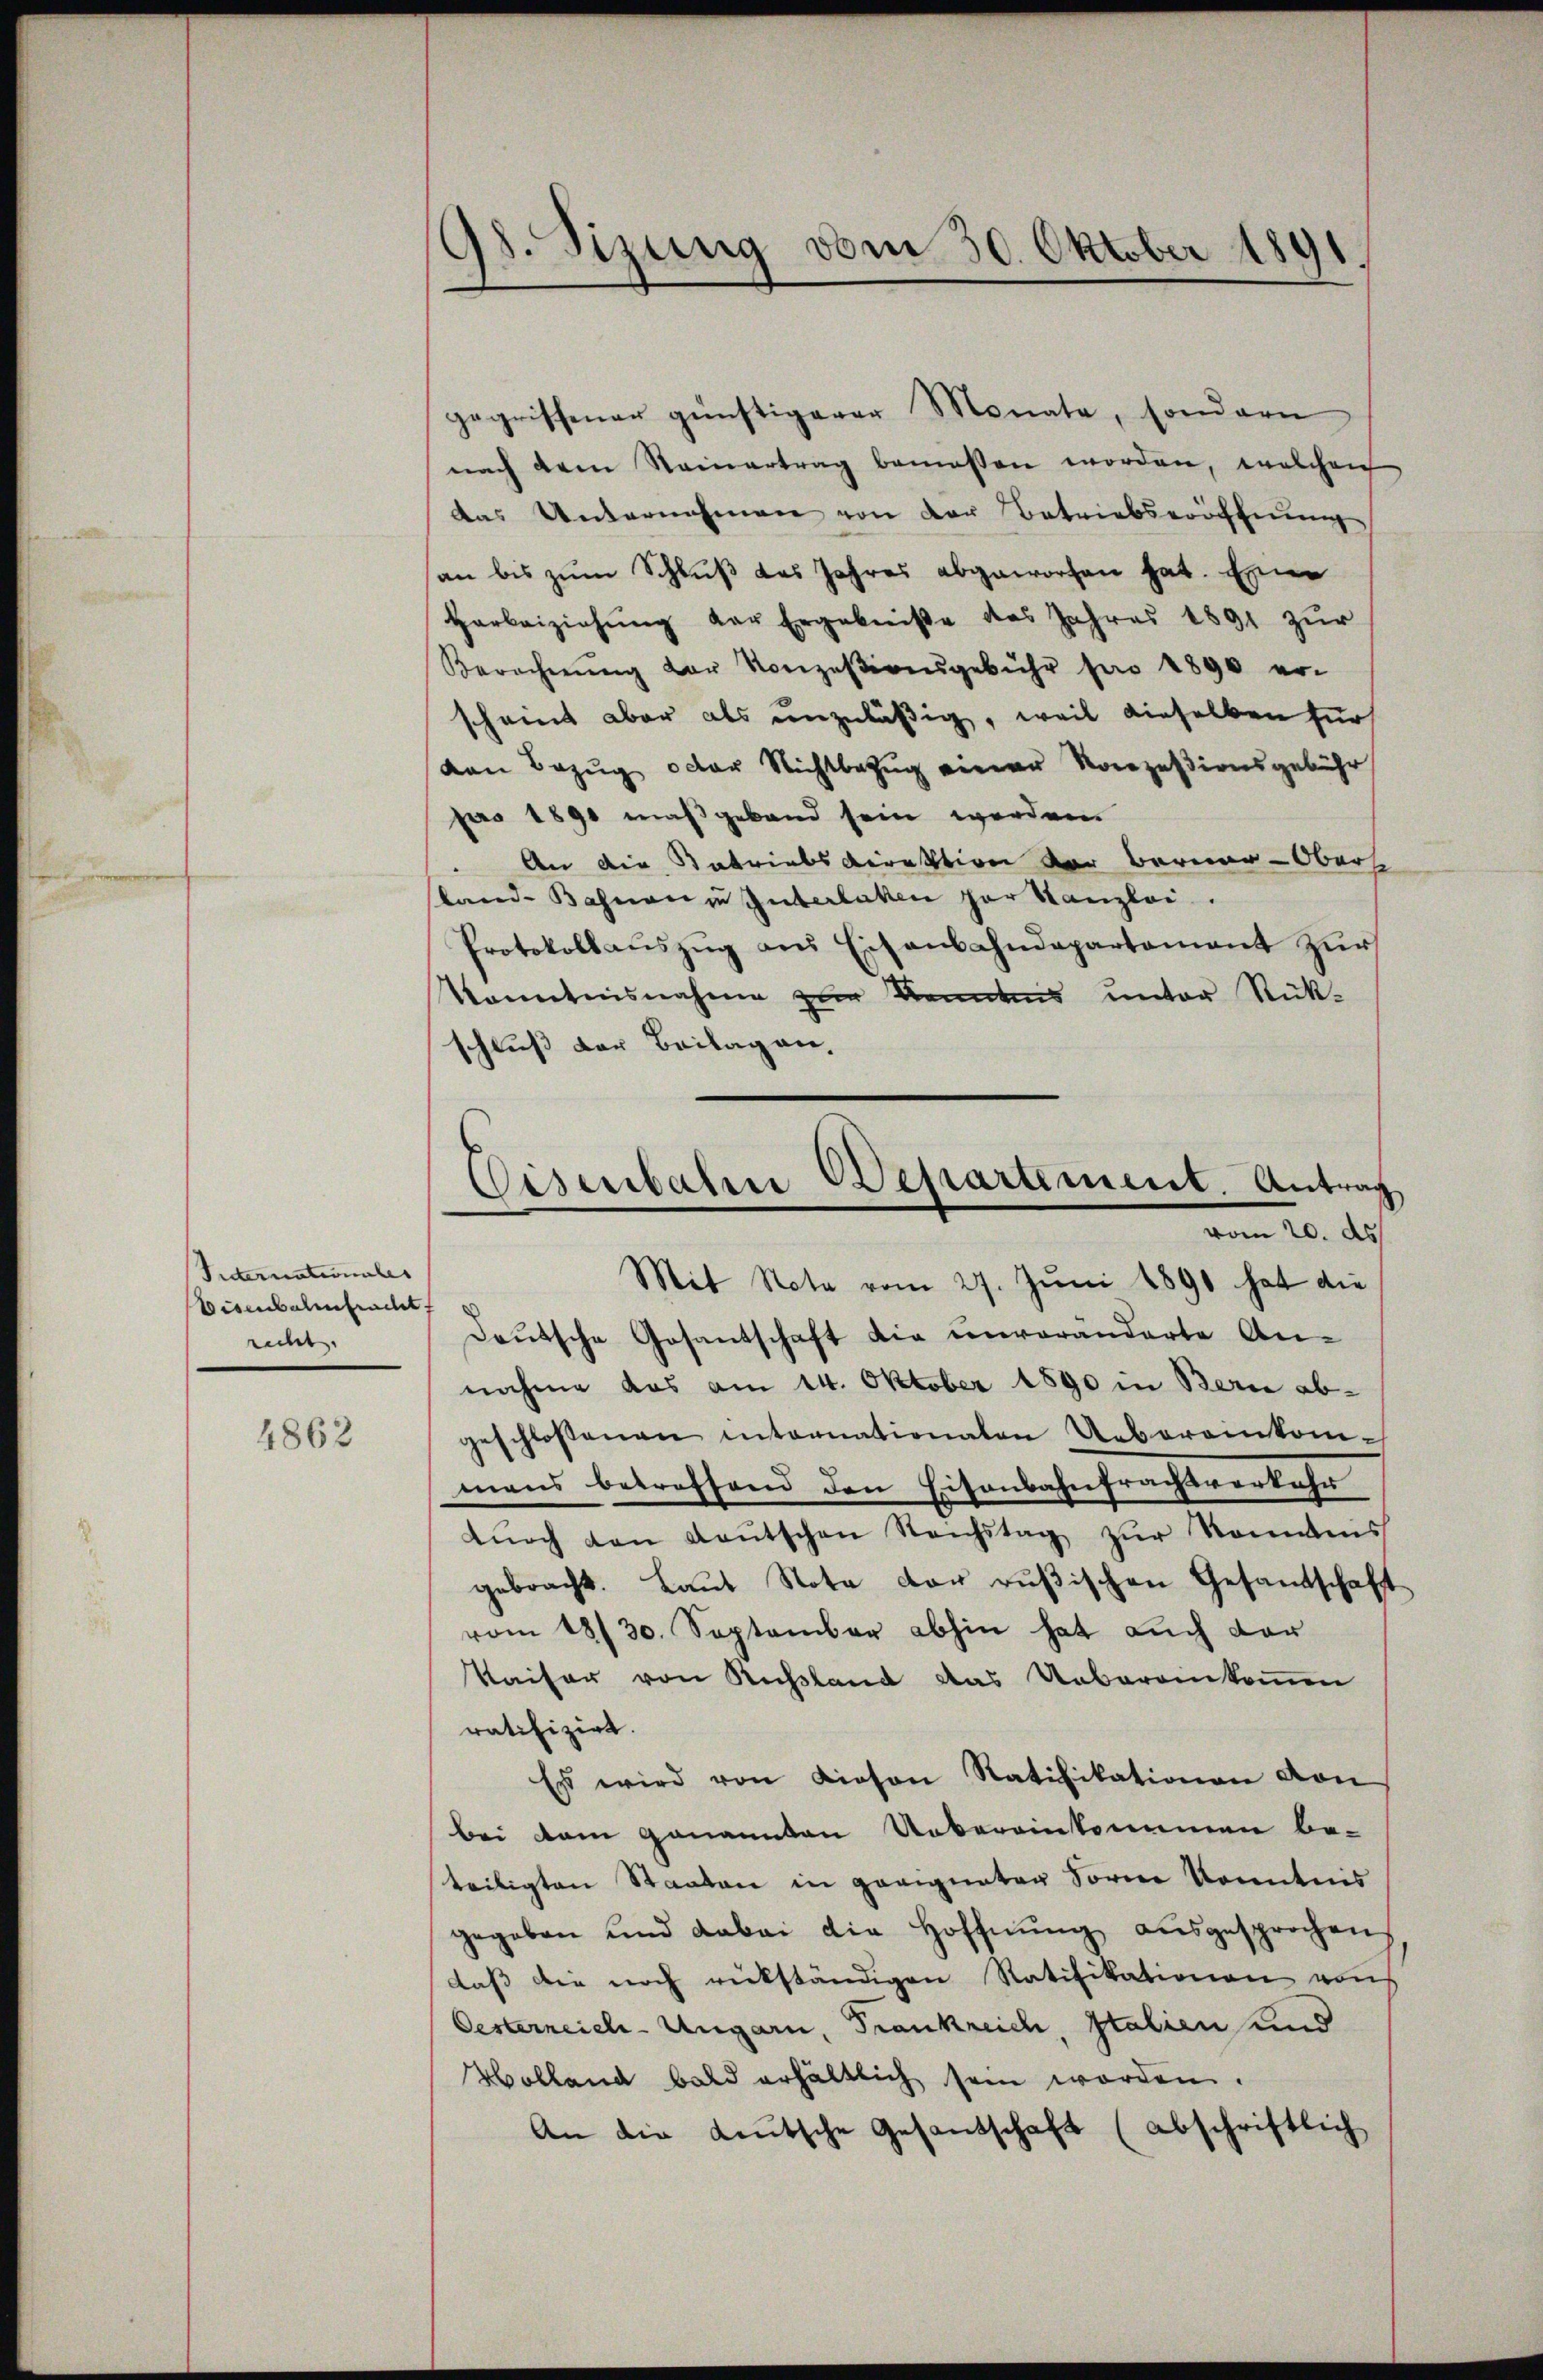
Internationales
Eisenbalmfracht
recht.

4862

98. Sizung vom 30. Oktober 1891.

nach dem Steinertrag bemessen worden, welchen
das Unternehmen von der Betriebseröffnung
an bis zum Schluß des Jahres abgeworfen hat. Eine
Harbeiziehŭng der Ergebniße des Jahres 1891 zŭr
Berechnŭng der Konzesionsgebühr für 1890 er-
scheint aber als unzuläßig, weil dieselben für
von Bezug oder Nichtbezug einer Konzessionsgebühr
pro 1890 maßgeband sein werden
An die Antriebsdirektion der Berner-Oberse
land-Bahnen zu Guterlaken par Kanzlei.
Protokollaŭszŭg ans Eisenbahndepartament zŭr
Konntnisnahme zur Kenntens unter Rück-
schluß der Beilagen,

deŭtsche Gesantschaft die unveränderte An-
nahme das am 14. Oktober 1890 in Berie ab-
geschlossenen internationaten Uebereinkom-
mans betreffend den Eisenbahnfrachtverkehr
tŭrch den Kaŭtschen Reichstag zŭr Kenntniss
gebracht. Laŭt Nota der rŭβischen Gesandtschaft
vom 18/30. September abhin hat auch der
Kaiser von Russland das Uebereinkoṁen
ratifizirt.
Es wird von Liesen Ratifikationen von
bei dem genannten Uebereinkommen be-
teiligten Staaten in parignatar Sorne konntnis
gegeben und dabei die Hoffnŭng aŭsgesprochen,
daß die noch rückständigen Ratifikationen von
Oesterneich-Ungarn, Frankreich, Italien und
Holland bald erhältlich sein worden.
An die Leŭtsche Gesandschaft (abschriftlich

gegriffener günstigerer Monate, sondern

Eisenbahre Departement. Antrag
vom 20. ds
Mit Nota vom 27. Juni 1890 hat die